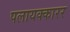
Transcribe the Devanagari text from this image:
पलायक्कारर